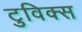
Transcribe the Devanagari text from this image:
टुविक्स